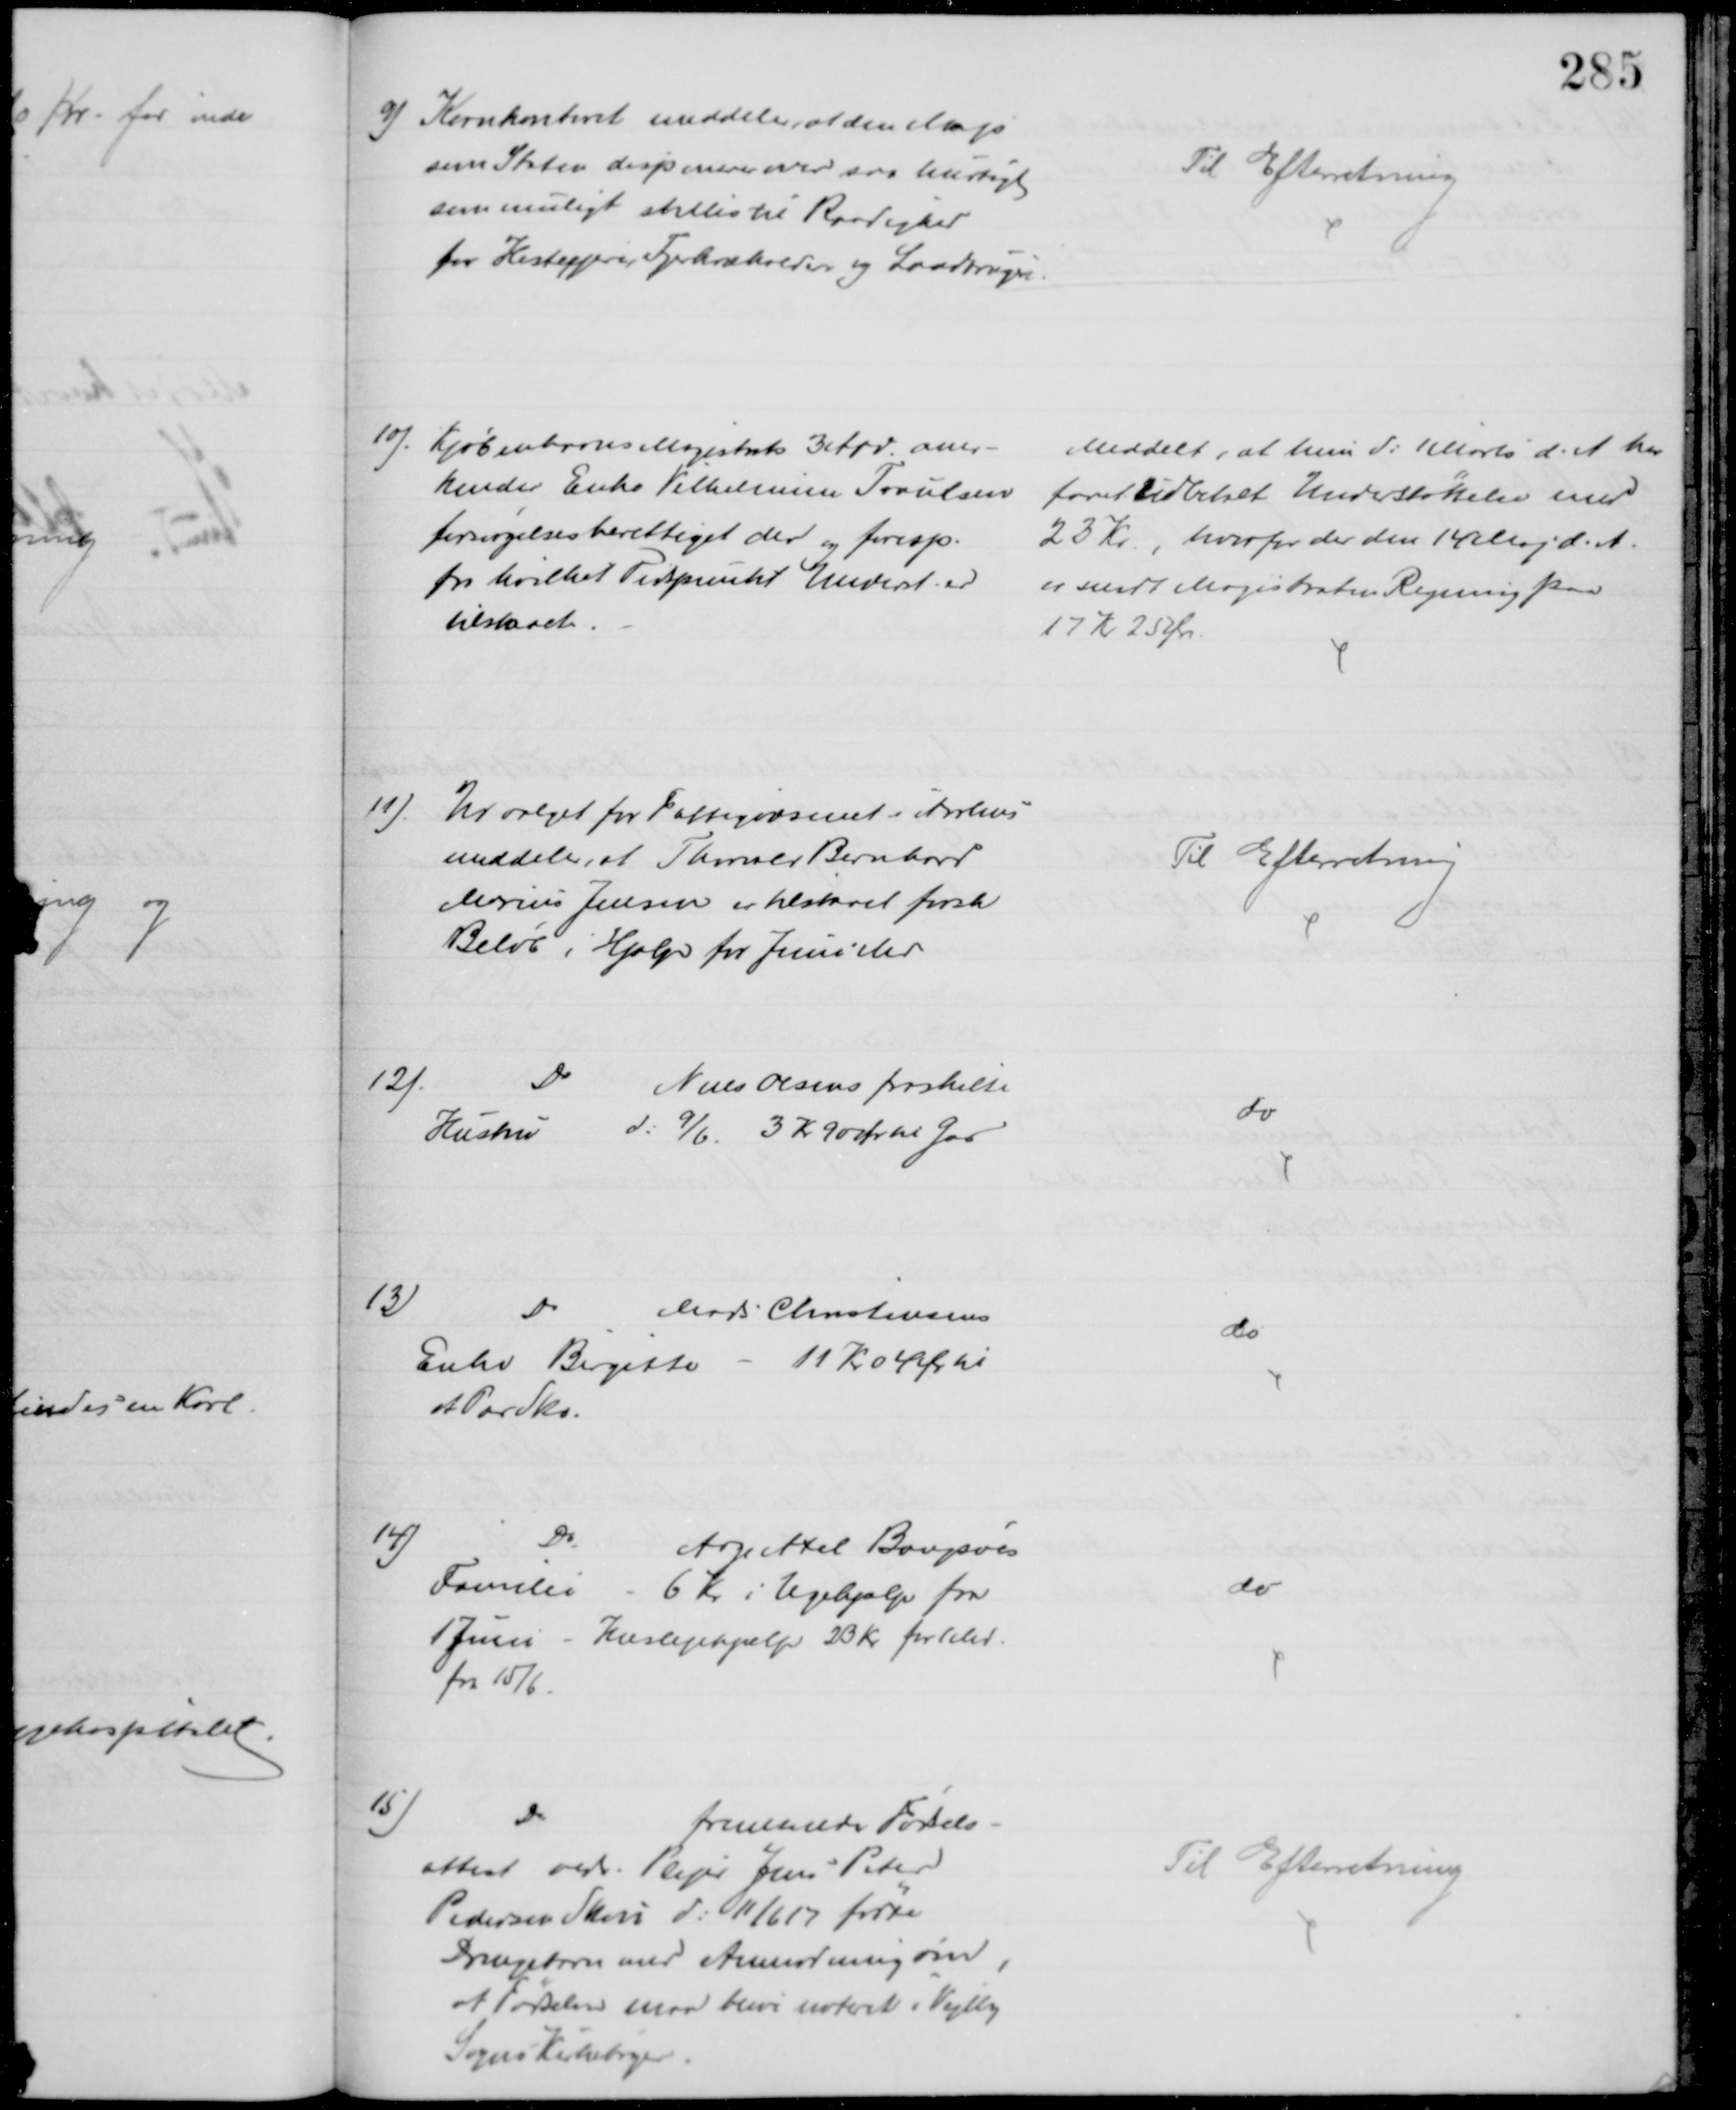
Transskription:
9) Kornkontoret meddeler, at den Majs
som Staten disponerer over saa hurtigt
som muligt stilles til Raadighed
for Hestejere, Fjerkræholdere og Landbrugere
Til Efterretning
10).
Kjøbenhavns Magistrats 3 Afd aner-
kender Enke Vilhelmine Traulsen
forsørgelsesberettiget der og foresp.
fra hvilket Tidspunkt Underst. er
tilstaaet.
Meddelt, at hun d: 1 Marts d. A. har
faaet udbetalt Understøttelse med
23 Kr., hvorfor der den 14 Maj d. A.
er sendt Magistraten Regning paa
17 Kr 25 Øre.
11)
Udvalget for Fattigvæsenet i Aarhus
meddeler, at Thorvald Bernhard
Marius Jensen er tilstaaet forsk
Beløb i Hjælp for Juni Md
Til Efterretning
12).
Do
Niels Olsens fraskilte
Hustru d: 9/6 3 Kr 90 Ør til Gas
do
13)
Do
Mads Christensens
Enke Birgitte - 11 Kr 04 Ør til
at Par Sko.
do
14)
Do
Aage Axel Bangsøes
Familie - 6 Kr i Ugehjælp fra
1 Juni - Huslejehjælp 23 Kr for 1 Md.
fra 15/6.
do
15)
Do
fremsender Fødsels-
attest vedr. Plejer Jens Peter
Pedersen Skou d. 11/6 17 fødte
Drengebarn med Anmodning om,
at Fødselen maa blive noteret i Vejlby
Sogns Kirkebøger
Til Efterretning